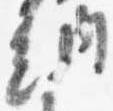
納